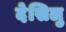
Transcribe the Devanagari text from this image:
देसिलु